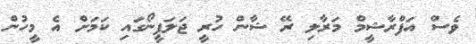
ވެސް އަފްރާޝީމް މަރާލި ރޭ ޝާން ހުރީ ޖަލަޕީނޯގައި ކަމަށް އެ މީހުން